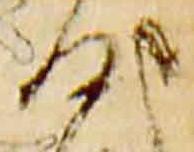
沙